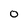
Character: 0